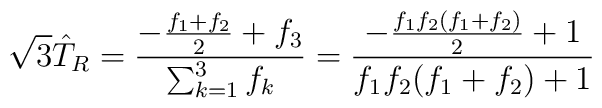
\sqrt{3} \hat T_R = {-{f_1+ f_2 \over 2}  + f_3  \over \sum_{k=1}^3 f_k}  = {-{f_1 f_2(f_1+ f_2) \over 2}  + 1   \over f_1 f_2(f_1 + f_2) +1 }